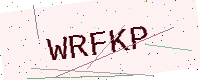
Text: WRFKP